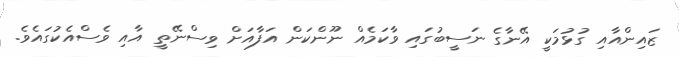
ޒައިންއާއި ގުޅުމަކީ އޭނާގެ ނަސީބުގައި ވާކަމެއް ނޫންކަން އަފާއަށް ވިސްނޭތީ އާއި ވެސްއެކުގައެވެ.